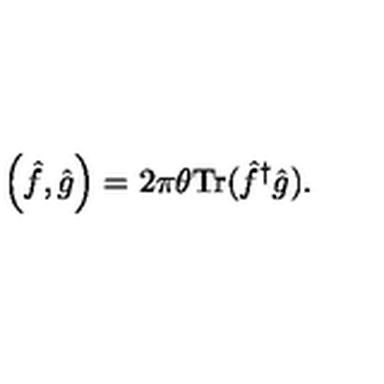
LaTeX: \left( \hat { f } , \hat { g } \right) = 2 \pi \theta { \mathrm { T r } } ( { \hat { f } } ^ { \dagger } \hat { g } ) .